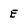
Character: E